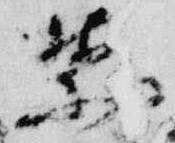
禁